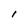
Character: l